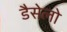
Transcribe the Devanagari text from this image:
डैसेलो